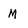
Character: M